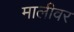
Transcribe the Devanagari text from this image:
मालीवर